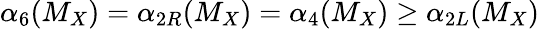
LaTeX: \alpha_{6}(M_{X})={\alpha}_{2R}(M_{X})={\alpha}_{4}(M_{X})\geq{\alpha}_{2L}(M_{X})